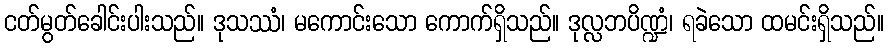
ငတ်မွတ်ခေါင်းပါးသည်။ ဒုသဿံ၊ မကောင်းသော ကောက်ရှိသည်။ ဒုလ္လဘပိဏ္ဍံ၊ ရခဲသော ထမင်းရှိသည်။